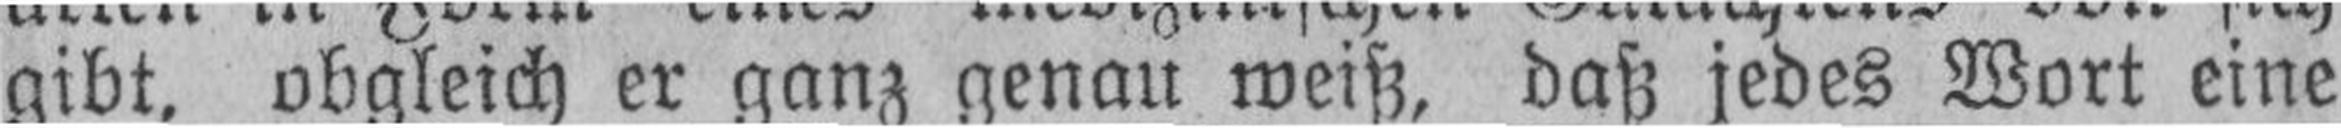
gibt, obgleich er ganz genau weiß, daß jedes Wort eine